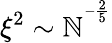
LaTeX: \xi^{2}\sim\mathbb{N}^{^{-\frac{{2}}{{5}}}}